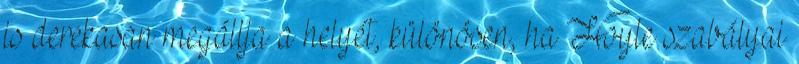
is derekasan megállja a helyét, különösen, ha Hoyle szabályai